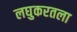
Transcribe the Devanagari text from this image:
लघुकरतला